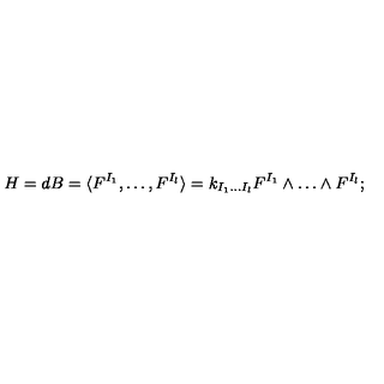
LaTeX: H = d B = \langle F ^ { I _ { 1 } } , \dots , F ^ { I _ { l } } \rangle = k _ { I _ { 1 } \dots I _ { l } } F ^ { I _ { 1 } } \wedge \dots \wedge F ^ { I _ { l } } ;